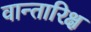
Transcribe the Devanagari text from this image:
वान्तारिक्ष